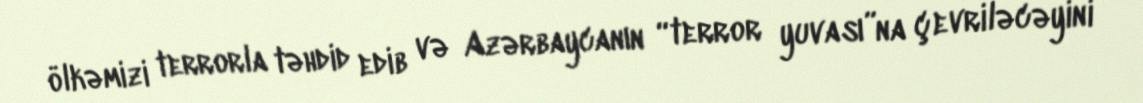
ölkəmizi terrorla təhdid edib və Azərbaycanın “terror yuvası”na çevriləcəyini